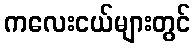
ကလေးငယ်များတွင်